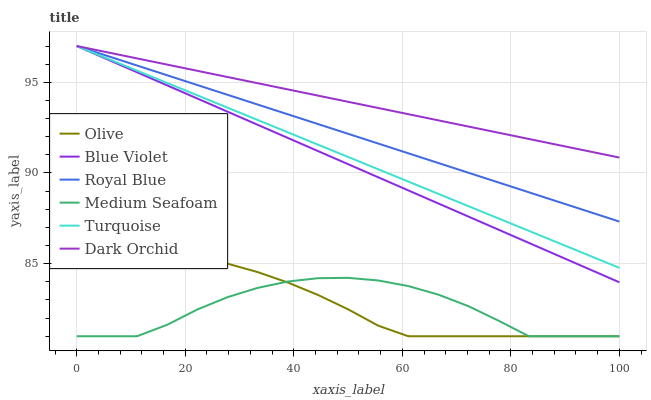
| xaxis_label | Olive | Blue Violet | Royal Blue | Medium Seafoam | Turquoise | Dark Orchid |
 | --- | --- | --- | --- | --- | --- | --- |
 | 0 | 85.7 | 97 | 97 | 81 | 97 | 97 |
 | 5.56 | 85.8 | 96.3 | 96.5 | 81 | 96.3 | 96.7 |
 | 11.1 | 85.7 | 95.6 | 95.9 | 81 | 95.6 | 96.3 |
 | 16.7 | 85.6 | 94.8 | 95.4 | 81.6 | 95 | 96 |
 | 22.2 | 85.4 | 94.1 | 94.8 | 82.5 | 94.3 | 95.6 |
 | 27.8 | 85 | 93.4 | 94.3 | 83.2 | 93.6 | 95.3 |
 | 33.3 | 84.5 | 92.7 | 93.8 | 83.7 | 92.9 | 95 |
 | 38.9 | 84 | 91.9 | 93.2 | 84 | 92.2 | 94.6 |
 | 44.4 | 83.3 | 91.2 | 92.7 | 84.2 | 91.6 | 94.3 |
 | 50 | 82.5 | 90.5 | 92.2 | 84.2 | 90.9 | 93.9 |
 | 55.6 | 81.6 | 89.8 | 91.6 | 84.1 | 90.2 | 93.6 |
 | 61.1 | 81 | 89 | 91.1 | 83.8 | 89.5 | 93.2 |
 | 66.7 | 81 | 88.3 | 90.5 | 83.3 | 88.8 | 92.9 |
 | 72.2 | 81 | 87.6 | 90 | 82.7 | 88.2 | 92.6 |
 | 77.8 | 81 | 86.9 | 89.5 | 81.9 | 87.5 | 92.2 |
 | 83.3 | 81 | 86.1 | 88.9 | 81 | 86.8 | 91.9 |
 | 88.9 | 81 | 85.4 | 88.4 | 81 | 86.1 | 91.5 |
 | 94.4 | 81 | 84.7 | 87.9 | 81 | 85.5 | 91.2 |
 | 100 | 81 | 84 | 87.3 | 81 | 84.8 | 90.9 |